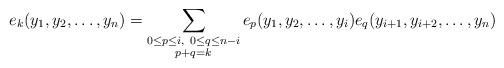
LaTeX: \begin{align*} e_k(y_1,y_2,\ldots,y_n) = \sum_{\substack{0\le p\le i,\ 0\le q\le n-i \\ p+q=k}} e_{p}(y_1,y_2,\ldots,y_i) e_{q}(y_{i+1},y_{i+2},\ldots,y_n) \end{align*}